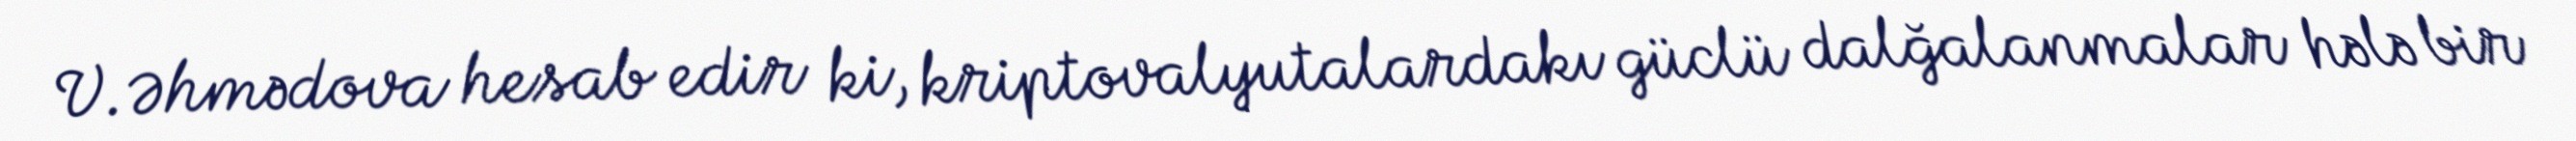
V.Əhmədova hesab edir ki, kriptovalyutalardakı güclü dalğalanmalar hələ bir